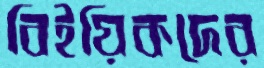
বিইয়িকদের